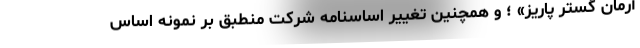
آرمان گستر پاریز» ؛ و همچنین تغییر اساسنامه شرکت منطبق بر نمونه اساس